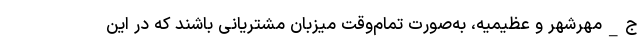
ج_مهرشهر و عظیمیه، به‌صورت تمام‌وقت میزبان مشتریانی باشند که در این